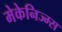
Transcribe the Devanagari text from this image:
मेकेनिज्म्स